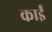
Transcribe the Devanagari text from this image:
काईं